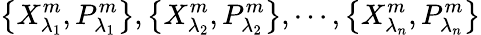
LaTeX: \left\{ X_{{\lambda}_{1}}^{m},P_{{\lambda}_{1}}^{m}\right\} ,\left\{ X_{{\lambda}_{2}}^{m},P_{{\lambda}_{2}}^{m}\right\} ,\cdots,\left\{ X_{{\lambda}_{n}}^{m},P_{{\lambda}_{n}}^{m}\right\}